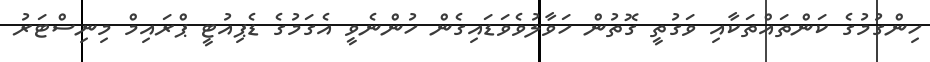
ހިންގުމުގެ ކަންތައްތަކާއި ވަގުތީ ގޮތުން ހަވާލުވެވަޑައިގެން ހުންނެވީ އެގަމުގެ ޑެޕިއުޓީ ޕްރައިމް މިނިސްޓަރު